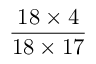
\frac { 1 8 \times 4 } { 1 8 \times 1 7 }